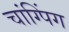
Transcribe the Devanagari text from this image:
चांग्पिंग